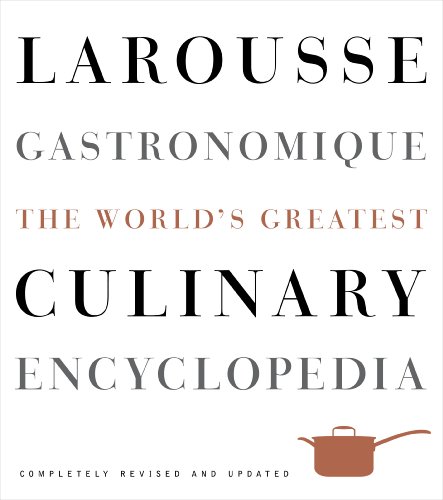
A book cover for Larousse Gastronomique: The World's Greatest Culinary Encyclopedia, Completely Revised and Updated; Librairie Larousse; Cookbooks, Food & Wine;